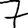
Digit: 7